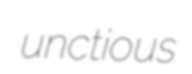
unctious